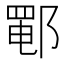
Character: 𰻵